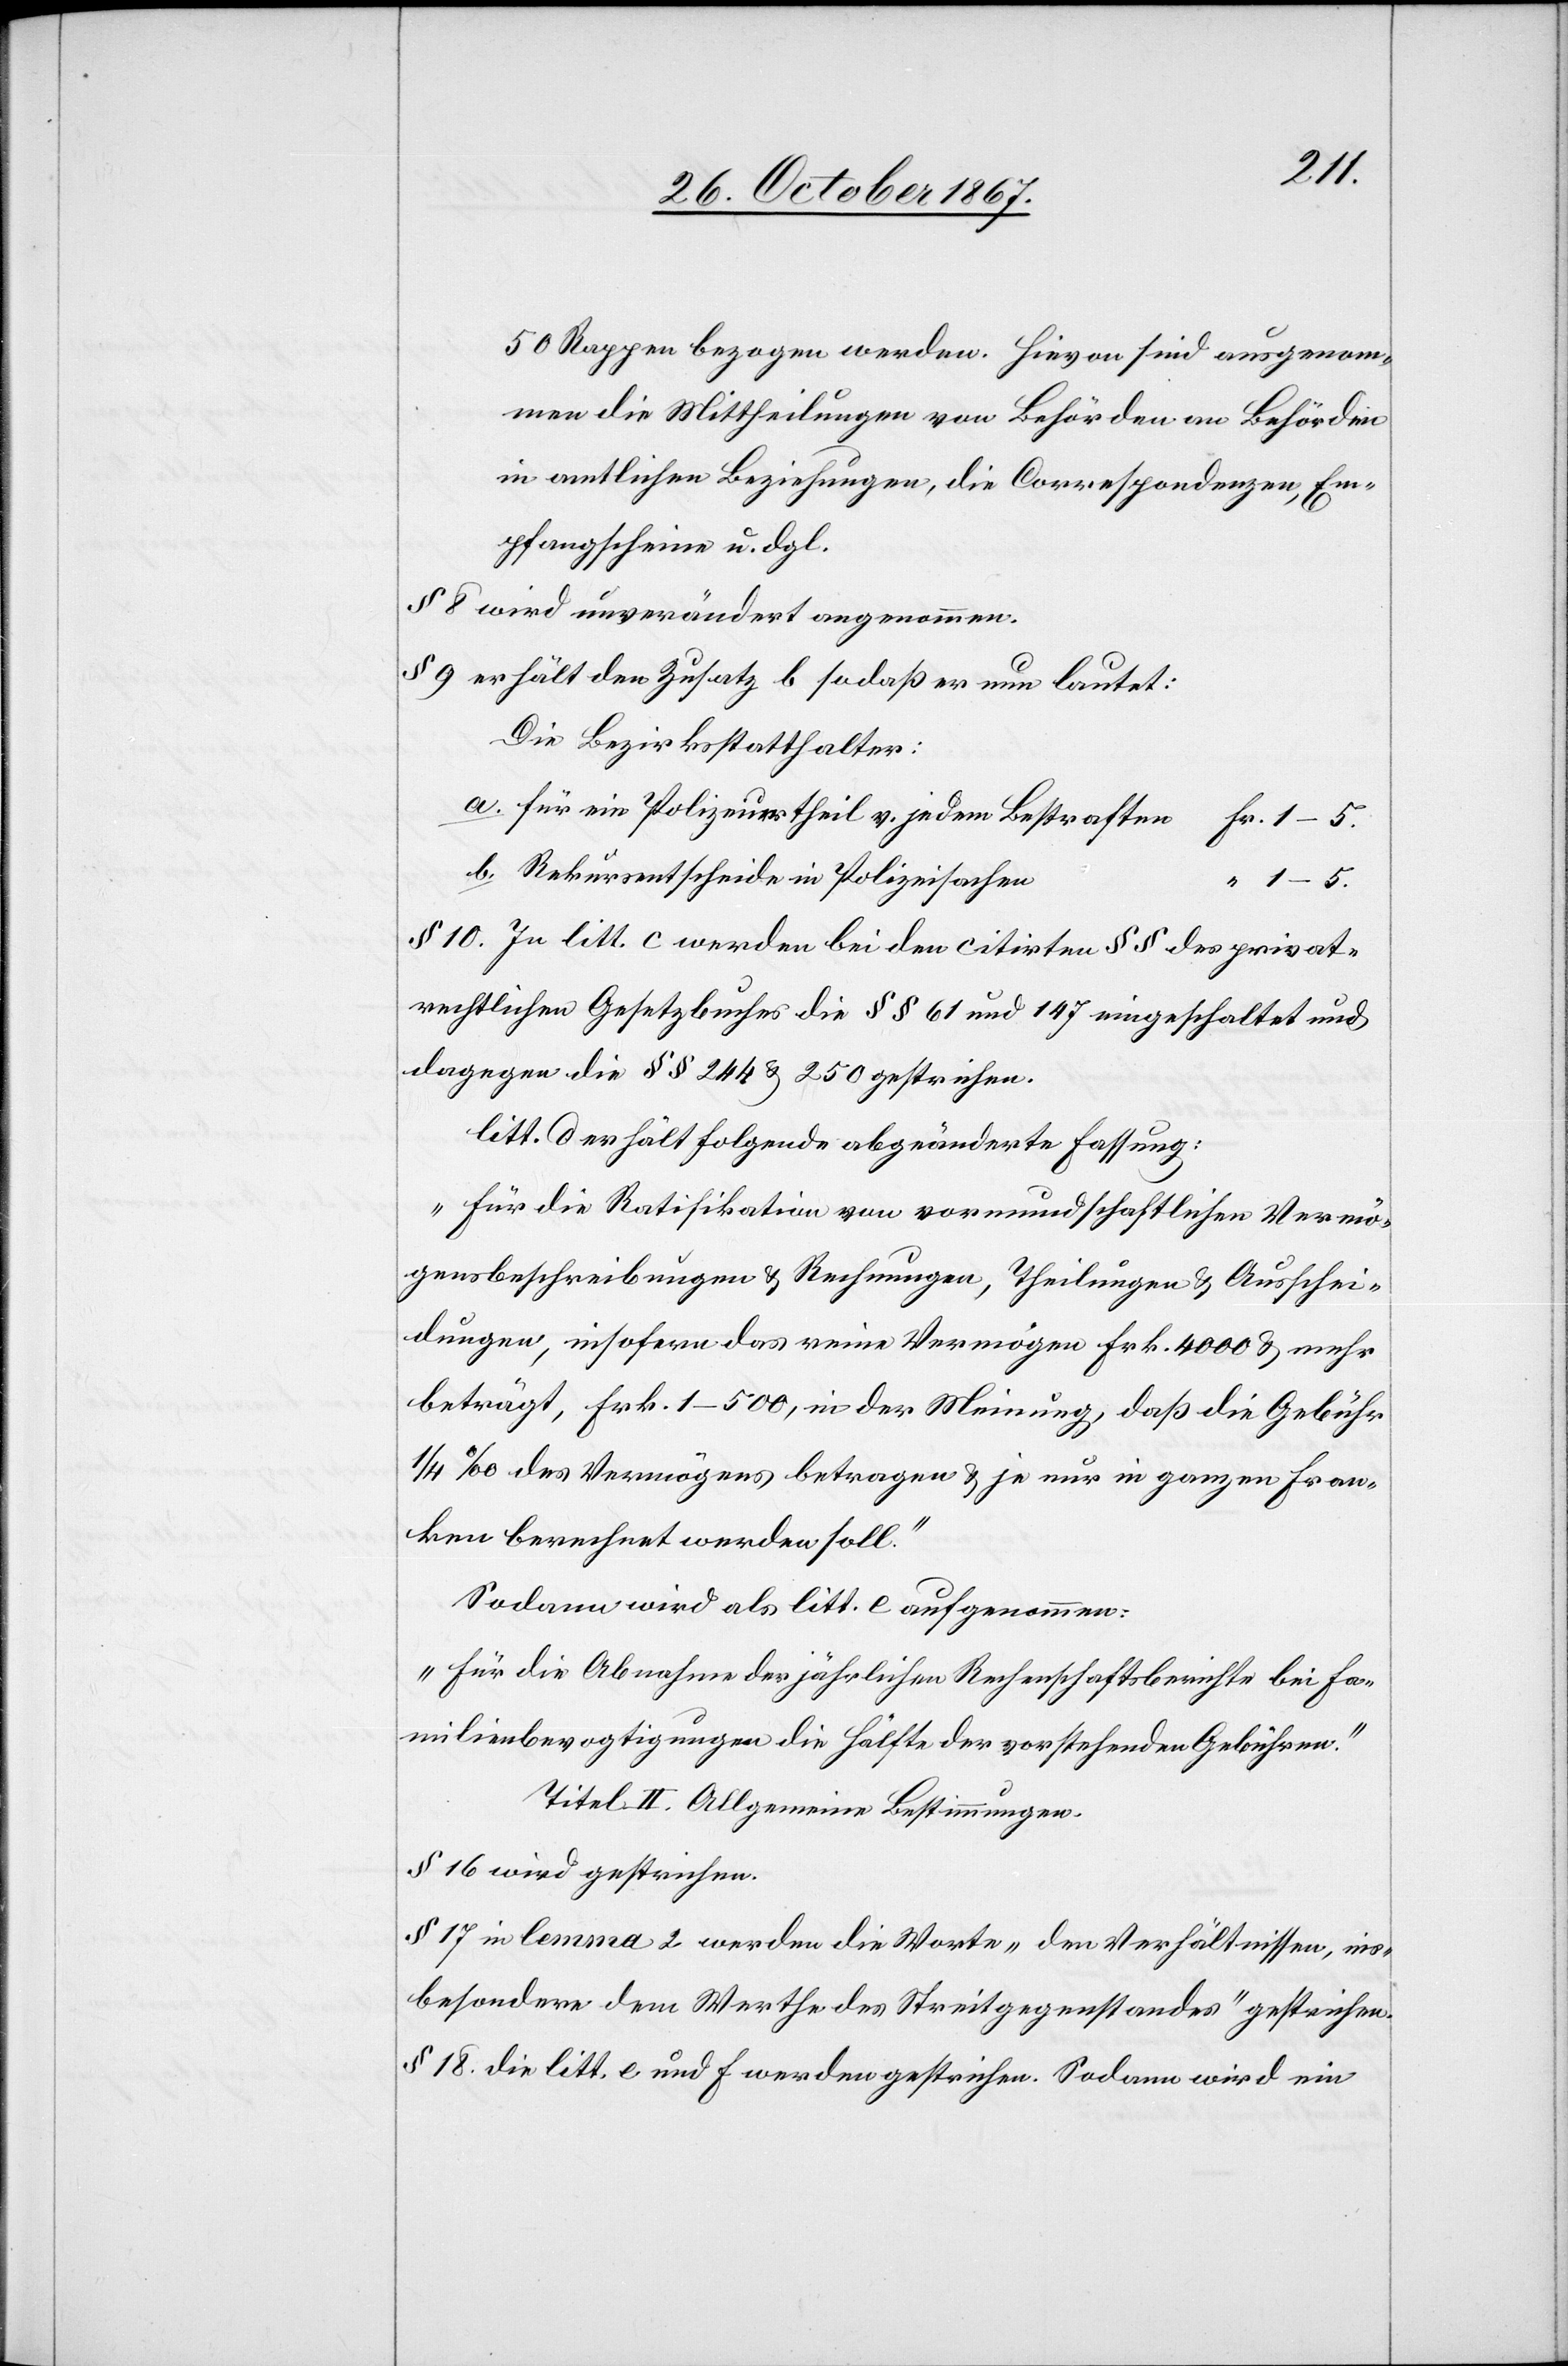
50 Rappen bezogen werden. Hievon sind ausgenom¬
men die Mittheilungen von Behörden an Behörden
in amtlichen Beziehungen, die Correspondenzen, Em¬
pfangscheine u. dgl.
§ 8 wird unverändert angenommen.
§ 9 erhält den Zusatz b so daß er nun lautet:
Die Bezirksstatthalter:
für ein Polzeiurtheil v. jedem Bestraften
1–5.
Rekursentscheide in Polizeisachen
§ 10. In litt. c werden bei den citirten § § des privat¬
rechtlichen Gesetzbuches die § § 61 und 147 eingeschaltet und
dagegen die § § 244 u. 250 gestrichen.
litt. d erhält folgende abgeänderte Fassung:
„Für die Ratifikation von vormundschaftlichen Vermö¬
gensbeschreibungen u. Rechnungen, Theilungen u. Ausschei¬
dungen, insofern das reine Vermögen Frk. 4000 u. mehr
beträgt, Frk. 1–500, in der Meinung, daß die Gebüh¬
r ¼‰ des Vermögens betragen u. je nur in ganzen Fran¬
ken berechnet werden soll.“
Sodann wird als litt. e aufgenommen:
„für die Abnahme der jährlichen Rechenschaftsberichte bei Fa¬
milienbevogtigungen die Hälfte der vorstehenden Gebühren.“
Titel II. Allgemeine Bestimmungen.
§ 16 wird gestrichen.
§ 17 in lemma 2 werden die Worte „den Verhältnissen, ins¬
besondere dem Werthe des Streitgegenstandes“ gestrichen.
§ 18 die litt. e und f werden gestrichen. Sodann wird ein